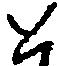
と